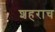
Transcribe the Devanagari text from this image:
शहराच